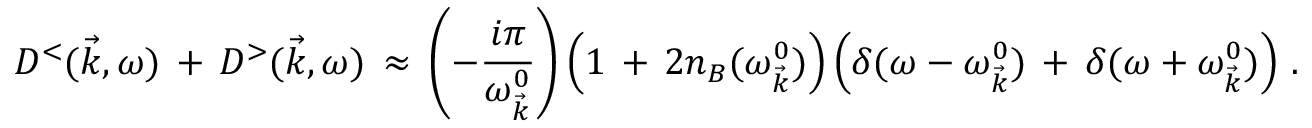
D ^ { < } ( \vec { k } , \omega ) \, + \, D ^ { > } ( \vec { k } , \omega ) \, \approx \, \left( - \frac { i \pi } { \omega _ { \vec { k } } ^ { 0 } } \right) \left( 1 \, + \, 2 n _ { B } ( \omega _ { \vec { k } } ^ { 0 } ) \right) \left( \delta ( \omega - \omega _ { \vec { k } } ^ { 0 } ) \, + \, \delta ( \omega + \omega _ { \vec { k } } ^ { 0 } ) \right) \, .